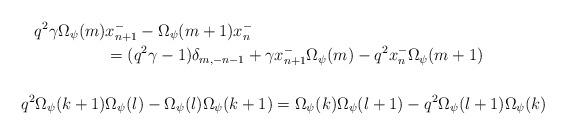
LaTeX: \begin{align*}q^2\gamma\Omega_\psi(m)&x^-_{n+1}- \Omega_\psi(m+1)x^-_n \\&=(q^2\gamma-1)\delta_{m,-n-1}+ \gamma x^-_{n+1}\Omega_\psi(m)-q^2x^-_n\Omega_\psi(m+1) \\ \\q^2 \Omega_\psi(k+1)&\Omega_\psi(l) -\Omega_\psi(l)\Omega_\psi(k+1) = \Omega_\psi(k)\Omega_\psi(l+1) - q^2\Omega_\psi(l+1)\Omega_\psi(k)\end{align*}